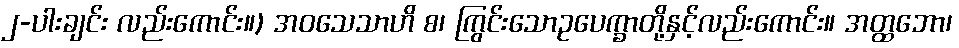
၂-ပါးချင်း လည်းကောင်း။) အဝသေသာဟိ စ၊ ကြွင်းသောဥပေက္ခာတို့နှင့်လည်းကောင်း။ အတ္ထဘော၊